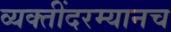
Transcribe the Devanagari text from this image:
व्यक्तींदरम्यानच